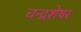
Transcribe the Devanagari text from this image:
चन्द्रशेषर